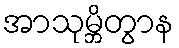
အာသုမ္ဘိတွာန